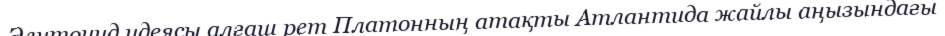
Элитоцид идеясы алғаш рет Платонның атақты Атлантида жайлы аңызындағы